Document type: Sale
Year: 1430
Scribe: [Unknown]
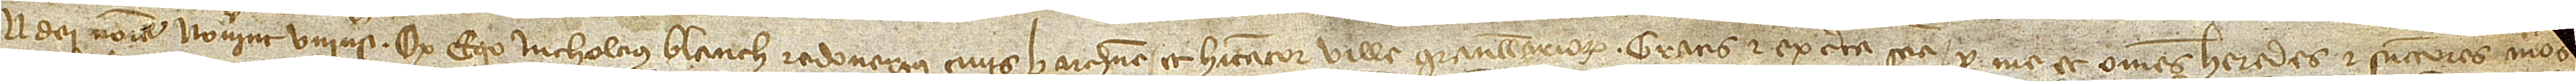
n Dei nomine. Noverint universi quod ego Nicholaus Rodonerius, civis Barchinone et habitator ville Granulleriorum, gratis et ex certa sciencia per me et omnes heredes et successores meos [in perpetuum]